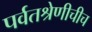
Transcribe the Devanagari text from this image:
पर्वतश्रेणीचीच